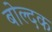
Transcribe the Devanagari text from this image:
बोल्दक